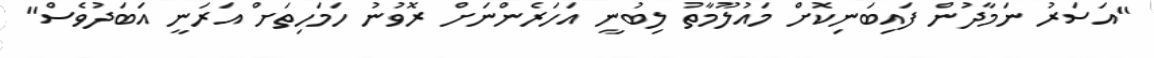
"އަސަރު ނަމާދުން ފައިބަނިކޮށް މައުލޫމާތު ލިބުނީ އަހަރެންނަށް ރޮވުނު ހަމަހިތަށް އަރަނީ އަބަދުވެސް"